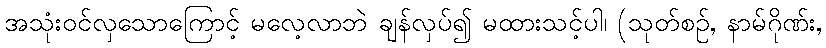
အသုံးဝင်လှသောကြောင့် မလေ့လာဘဲ ချန်လှပ်၍ မထားသင့်ပါ၊ (သုတ်စဉ်, နာမ်ဂိုဏ်း,